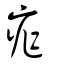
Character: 痄